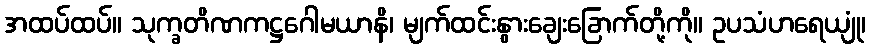
အထပ်ထပ်။ သုက္ခတိဏကဋ္ဌဂေါမယာနိ၊ မျက်ထင်းနွားချေးခြောက်တို့ကို။ ဥပသံဟရေယျုံ၊